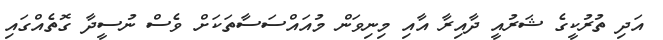
އަދި ތުރުކީގެ ޝަރުއީ ދާއިރާ އާއި މިނިވަން މުއައްސަސާތަކަށް ވެސް ނުސީދާ ގޮތެއްގައި